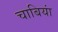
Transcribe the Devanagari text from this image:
चाबियां